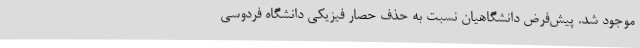
موجود شد. پیش‌فرض دانشگاهیان نسبت به حذف حصار فیزیکی دانشگاه فردوسی